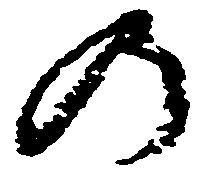
の